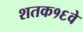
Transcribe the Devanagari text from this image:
शतक१६वे